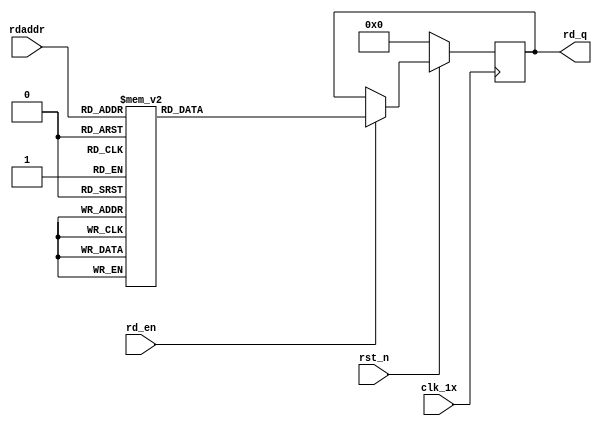
`timescale 1ns / 1ps
module F_normal_t10_next_Rom3(
input	          							clk_1x,
input	          							rst_n,
//////////////////////////////////////////////////////////////
input										rd_en,
input				[4:0]				rdaddr,
output		reg			[159:0]				rd_q
);

always @(posedge clk_1x)begin
	if(~rst_n)begin
		rd_q <= 160'b0;
	end
	else if(rd_en == 1'b1)begin
		case(rdaddr)
			5'h13: rd_q <= 160'b1101110001000001011010000011000011110000101111100101111101110010110110001000001001010010101101110101101110110011111101001010011110011010010011101110100100000101;
			5'h12: rd_q <= 160'b1110011001001001011001011101011111110011011010101001001100000110001100011111001001100001011000110100111110111111100001010011000010100010111000111111001100111101;
			5'h11: rd_q <= 160'b0111011001111011000001101011010111111100101110010001010111111100000000011110001011101101001010011101001111110010100100101011101010001111011111101110100110100001;
			5'h10: rd_q <= 160'b1011011101001001110111000111110011101010000110100110010010010110000110010100010000011101110011111100010110001110000001100110111101101111001100010000011101111110;
			5'h0f: rd_q <= 160'b1001111001001110111000101111111011010110001100110011011010011101110011111110101011100001000010100000010000110101000000110100111100101101110111001100101111100001;
			5'h0e: rd_q <= 160'b1111001101110010100001110001011001100001010100101010101101001110100110001111111100011010111010001001101000111111111010111110000101000001000010111111000101011111;
			5'h0d: rd_q <= 160'b1010000010010011101000111100001001100011100110100010100000100110001100101100010010111011011110010011011111111011000100100110000011000001011111000010000010000110;
			5'h0c: rd_q <= 160'b1100001100100100111000000111110111000000110011000010101011101011000110111010011110001100101010000111111000110100000100111000000011110100011111111100110101000101;
			5'h0b: rd_q <= 160'b1010001010000101011011101101000101111110001110001010010010001000010010000100010001001011100101100010110011111100001010001100100001011110000101011001011000011010;
			5'h0a: rd_q <= 160'b0000001010000100000111100001101010100111011111010010101010001011010101110100101111101100001100101100110111001111110011010111100000110110100000101101011100110110;
			5'h09: rd_q <= 160'b0011110110101110001010001011011110001000100001111011000001100110100111100111101011010110110111011101000001001110110001101111011110011011000010101111000010110110;
			5'h08: rd_q <= 160'b1011010000110111110111111001110010100101011011001100000100001011101100110101100111111001101100011100011110011111000100111100001110100011100101111101000010010111;
			5'h07: rd_q <= 160'b1000101000100111001111000000110001010001011000110111110000001110111110111101101100111011111010101011111100011001011000101101010011110101001000011001110000100110;
			5'h06: rd_q <= 160'b1110000101100111111000111010010101101110110011111111000101000010110000110101010000010100101111010101001110001111111001001111111110101101100001111011101011111000;
			5'h05: rd_q <= 160'b0101110110011100101111110001111100001101000110000101001111001011001001101010010110111001000100000111000110100000111010100011111100101001101000001100110000111001;
			5'h04: rd_q <= 160'b0000010100000011111001111110110111001000000010101011010100011011100110101010000000100001011101110000101001000110010110101110001110111101111111100100010011011100;
			5'h03: rd_q <= 160'b1000010101110100100001011100001101011001000001101110110110100010000110010111100101001111011000000101011110001100101101011000011101010010010001111101100110000010;
			5'h02: rd_q <= 160'b1011000011000010001100111101100100111101101110110110010000001001110010011101100110101010110110101100110111011110101100110001000100101110111001110001100011111110;
			5'h01: rd_q <= 160'b0001011111101111101101000000110011110011001000000001110001101010100100001101000001100010111010111110100111110001000001111100010111100100101011011011010111111000;
			5'h00: rd_q <= 160'b0101110101101010001101110100100010100100100001011011110000100110000011101111011000111101011001100010011100011010100101001101110000010011111010011110011000110110;
		default:rd_q <= 160'b0;
		endcase
	end
end

endmodule